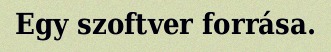
Egy szoftver forrása.